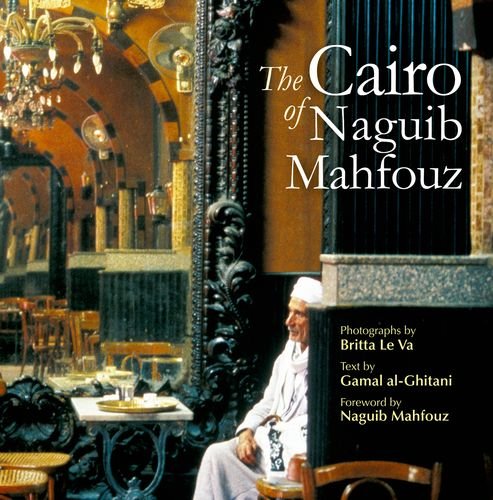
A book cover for The Cairo of Naguib Mahfouz; Gamal al-Ghitani; Travel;